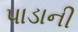
પાડાની